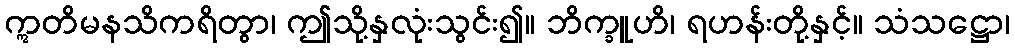
ဣတိမနသိကရိတွာ၊ ဤသို့နှလုံးသွင်း၍။ ဘိက္ခူဟိ၊ ရဟန်းတို့နှင့်။ သံသဋ္ဌော၊